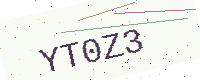
Text: YT0Z3